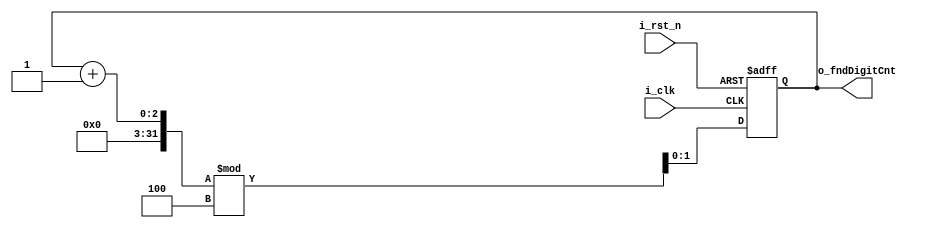
`timescale 1ns / 1ps

module counter_4(
    input i_clk,
    input i_rst_n,
    output [1:0] o_fndDigitCnt
    );

    reg [1:0] r_fndDigitCnt;

    always @(posedge i_clk or negedge i_rst_n) begin
        if (!i_rst_n) begin
            r_fndDigitCnt <= 0;
        end
        else begin
            r_fndDigitCnt <= (r_fndDigitCnt+1) % 4;
        end
    end

    assign o_fndDigitCnt = r_fndDigitCnt;

endmodule